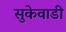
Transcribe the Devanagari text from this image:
सुकेवाडी